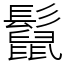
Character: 𩯡